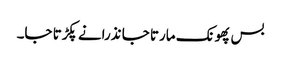
بس پھونک مارتا جا نذرانے پکڑتا جا۔